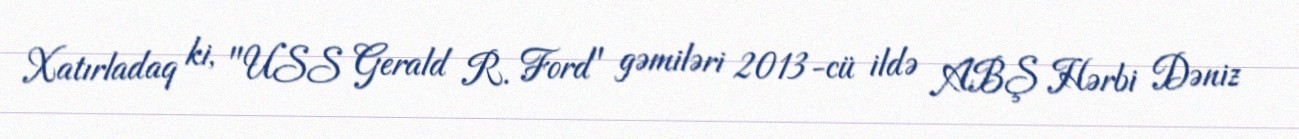
Xatırladaq ki, "USS Gerald R. Ford" gəmiləri 2013-cü ildə ABŞ Hərbi Dəniz